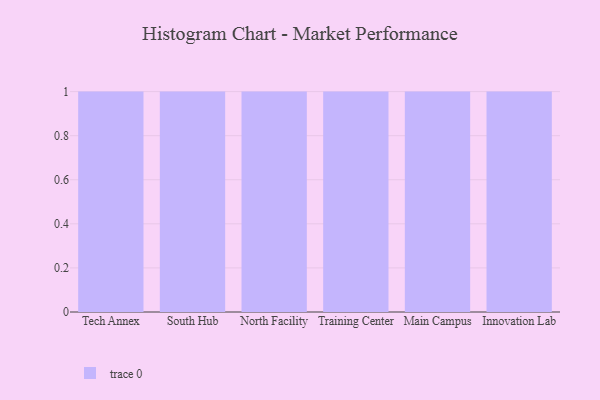
{"axis": {"x": "Campus", "y": "Production Output"}, "legend": [""], "data": [{"x": "Tech Annex", "y": 69, "type": ""}, {"x": "South Hub", "y": 89, "type": ""}, {"x": "North Facility", "y": 73, "type": ""}, {"x": "Training Center", "y": 24, "type": ""}, {"x": "Main Campus", "y": 76, "type": ""}, {"x": "Innovation Lab", "y": 96, "type": ""}]}